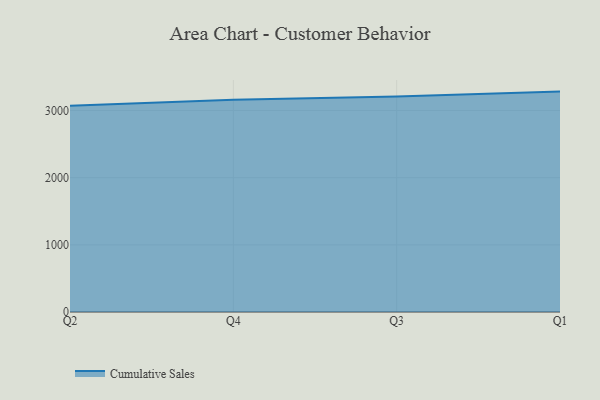
{"axis": {"x": "Quarter", "y": "Tickets Resolved"}, "legend": ["Cumulative Sales"], "data": [{"x": "Q2", "y": 3070.7, "type": "Cumulative Sales"}, {"x": "Q4", "y": 3160.1, "type": "Cumulative Sales"}, {"x": "Q3", "y": 3206.9, "type": "Cumulative Sales"}, {"x": "Q1", "y": 3281.4, "type": "Cumulative Sales"}]}